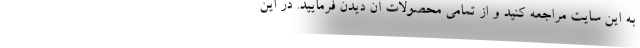
به این سایت مراجعه کنید و از تمامی محصولات آن دیدن فرمایید. در این